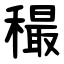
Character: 穝